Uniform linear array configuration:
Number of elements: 8
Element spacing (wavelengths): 0.5
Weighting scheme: binomial
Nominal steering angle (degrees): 30
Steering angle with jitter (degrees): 29.438
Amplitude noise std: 0.05
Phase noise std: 0.05

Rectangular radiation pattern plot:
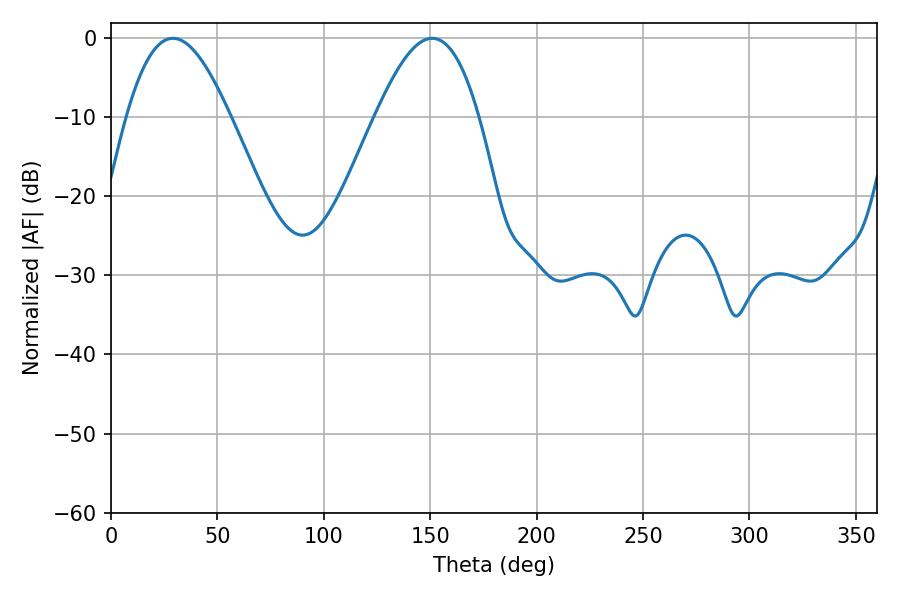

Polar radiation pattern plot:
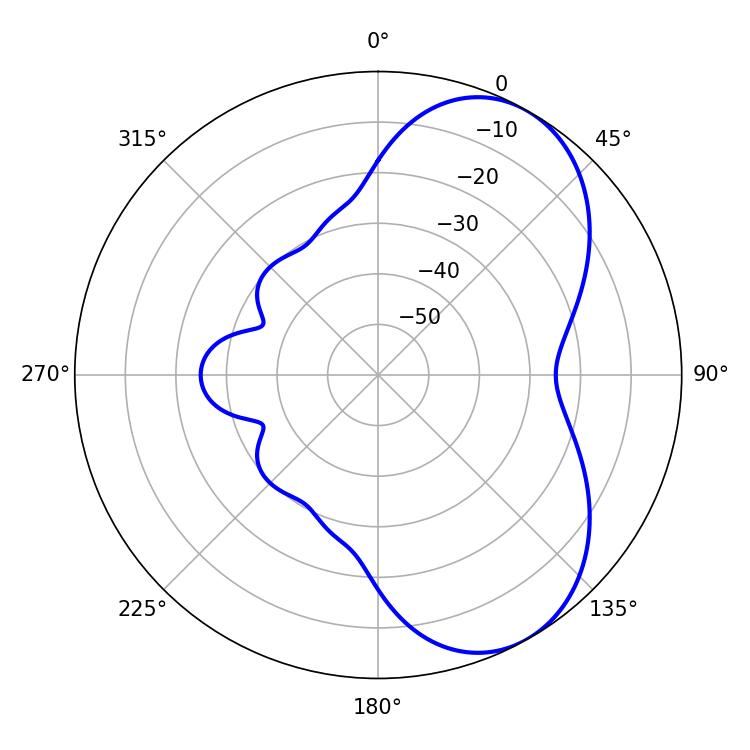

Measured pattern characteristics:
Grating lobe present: FALSE
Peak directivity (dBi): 6.001
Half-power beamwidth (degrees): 26.28
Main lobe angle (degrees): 29.16